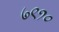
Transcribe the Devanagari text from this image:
७९१०